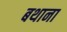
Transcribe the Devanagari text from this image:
बथाना